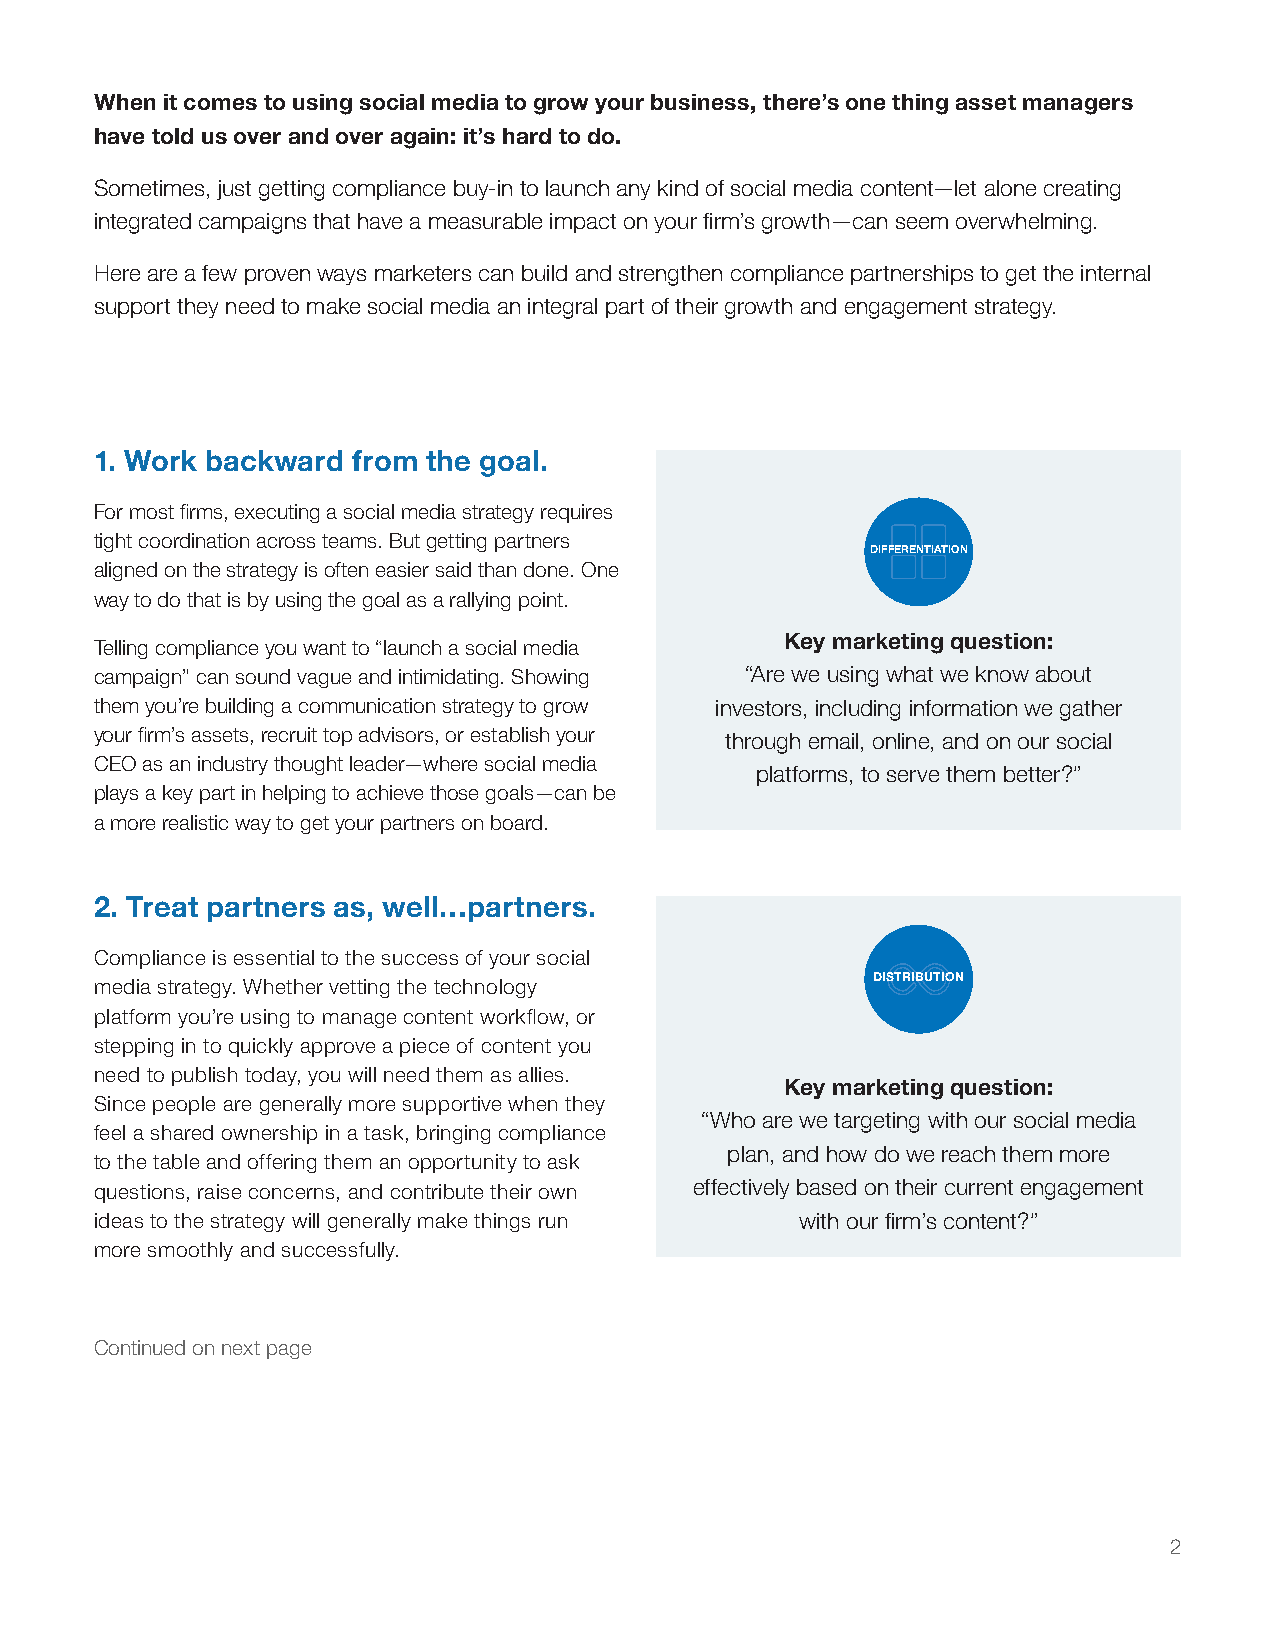
When it comes to using social media to grow your business, there’s one thing asset managers
 have told us over and over again: it’s hard to do.
 Sometimes, just getting compliance buy-in to launch any kind of social media content—let alone creating
 integrated campaigns that have a measurable impact on your firm’s growth—can seem overwhelming.
 Here are a few proven ways marketers can build and strengthen compliance partnerships to get the internal
 support they need to make social media an integral part of their growth and engagement strategy.
 1. Work backward from the goal.
 For most firms, executing a social media strategy requires
 tight coordination across teams. But getting partners
 DIFFERENTIATION
 aligned on the strategy is often easier said than done. One
 way to do that is by using the goal as a rallying point.
 Key marketing question:
 Telling compliance you want to “launch a social media
 campaign” can sound vague and intimidating. Showing “Are we using what we know about
 them you’re building a communication strategy to grow investors, including information we gather
 your firm’s assets, recruit top advisors, or establish your through email, online, and on our social
 CEO as an industry thought leader—where social media
 platforms, to serve them better?”
 plays a key part in helping to achieve those goals—can be
 a more realistic way to get your partners on board.
 2. Treat partners as, well…partners.
 Compliance is essential to the success of your social
 DISTRIBUTION
 media strategy. Whether vetting the technology
 platform you’re using to manage content workflow, or
 stepping in to quickly approve a piece of content you
 need to publish today, you will need them as allies.
 Key marketing question:
 Since people are generally more supportive when they
 “Who are we targeting with our social media
 feel a shared ownership in a task, bringing compliance
 plan, and how do we reach them more
 to the table and offering them an opportunity to ask
 questions, raise concerns, and contribute their own effectively based on their current engagement
 ideas to the strategy will generally make things run with our firm’s content?”
 more smoothly and successfully.
 Continued on next page
 2